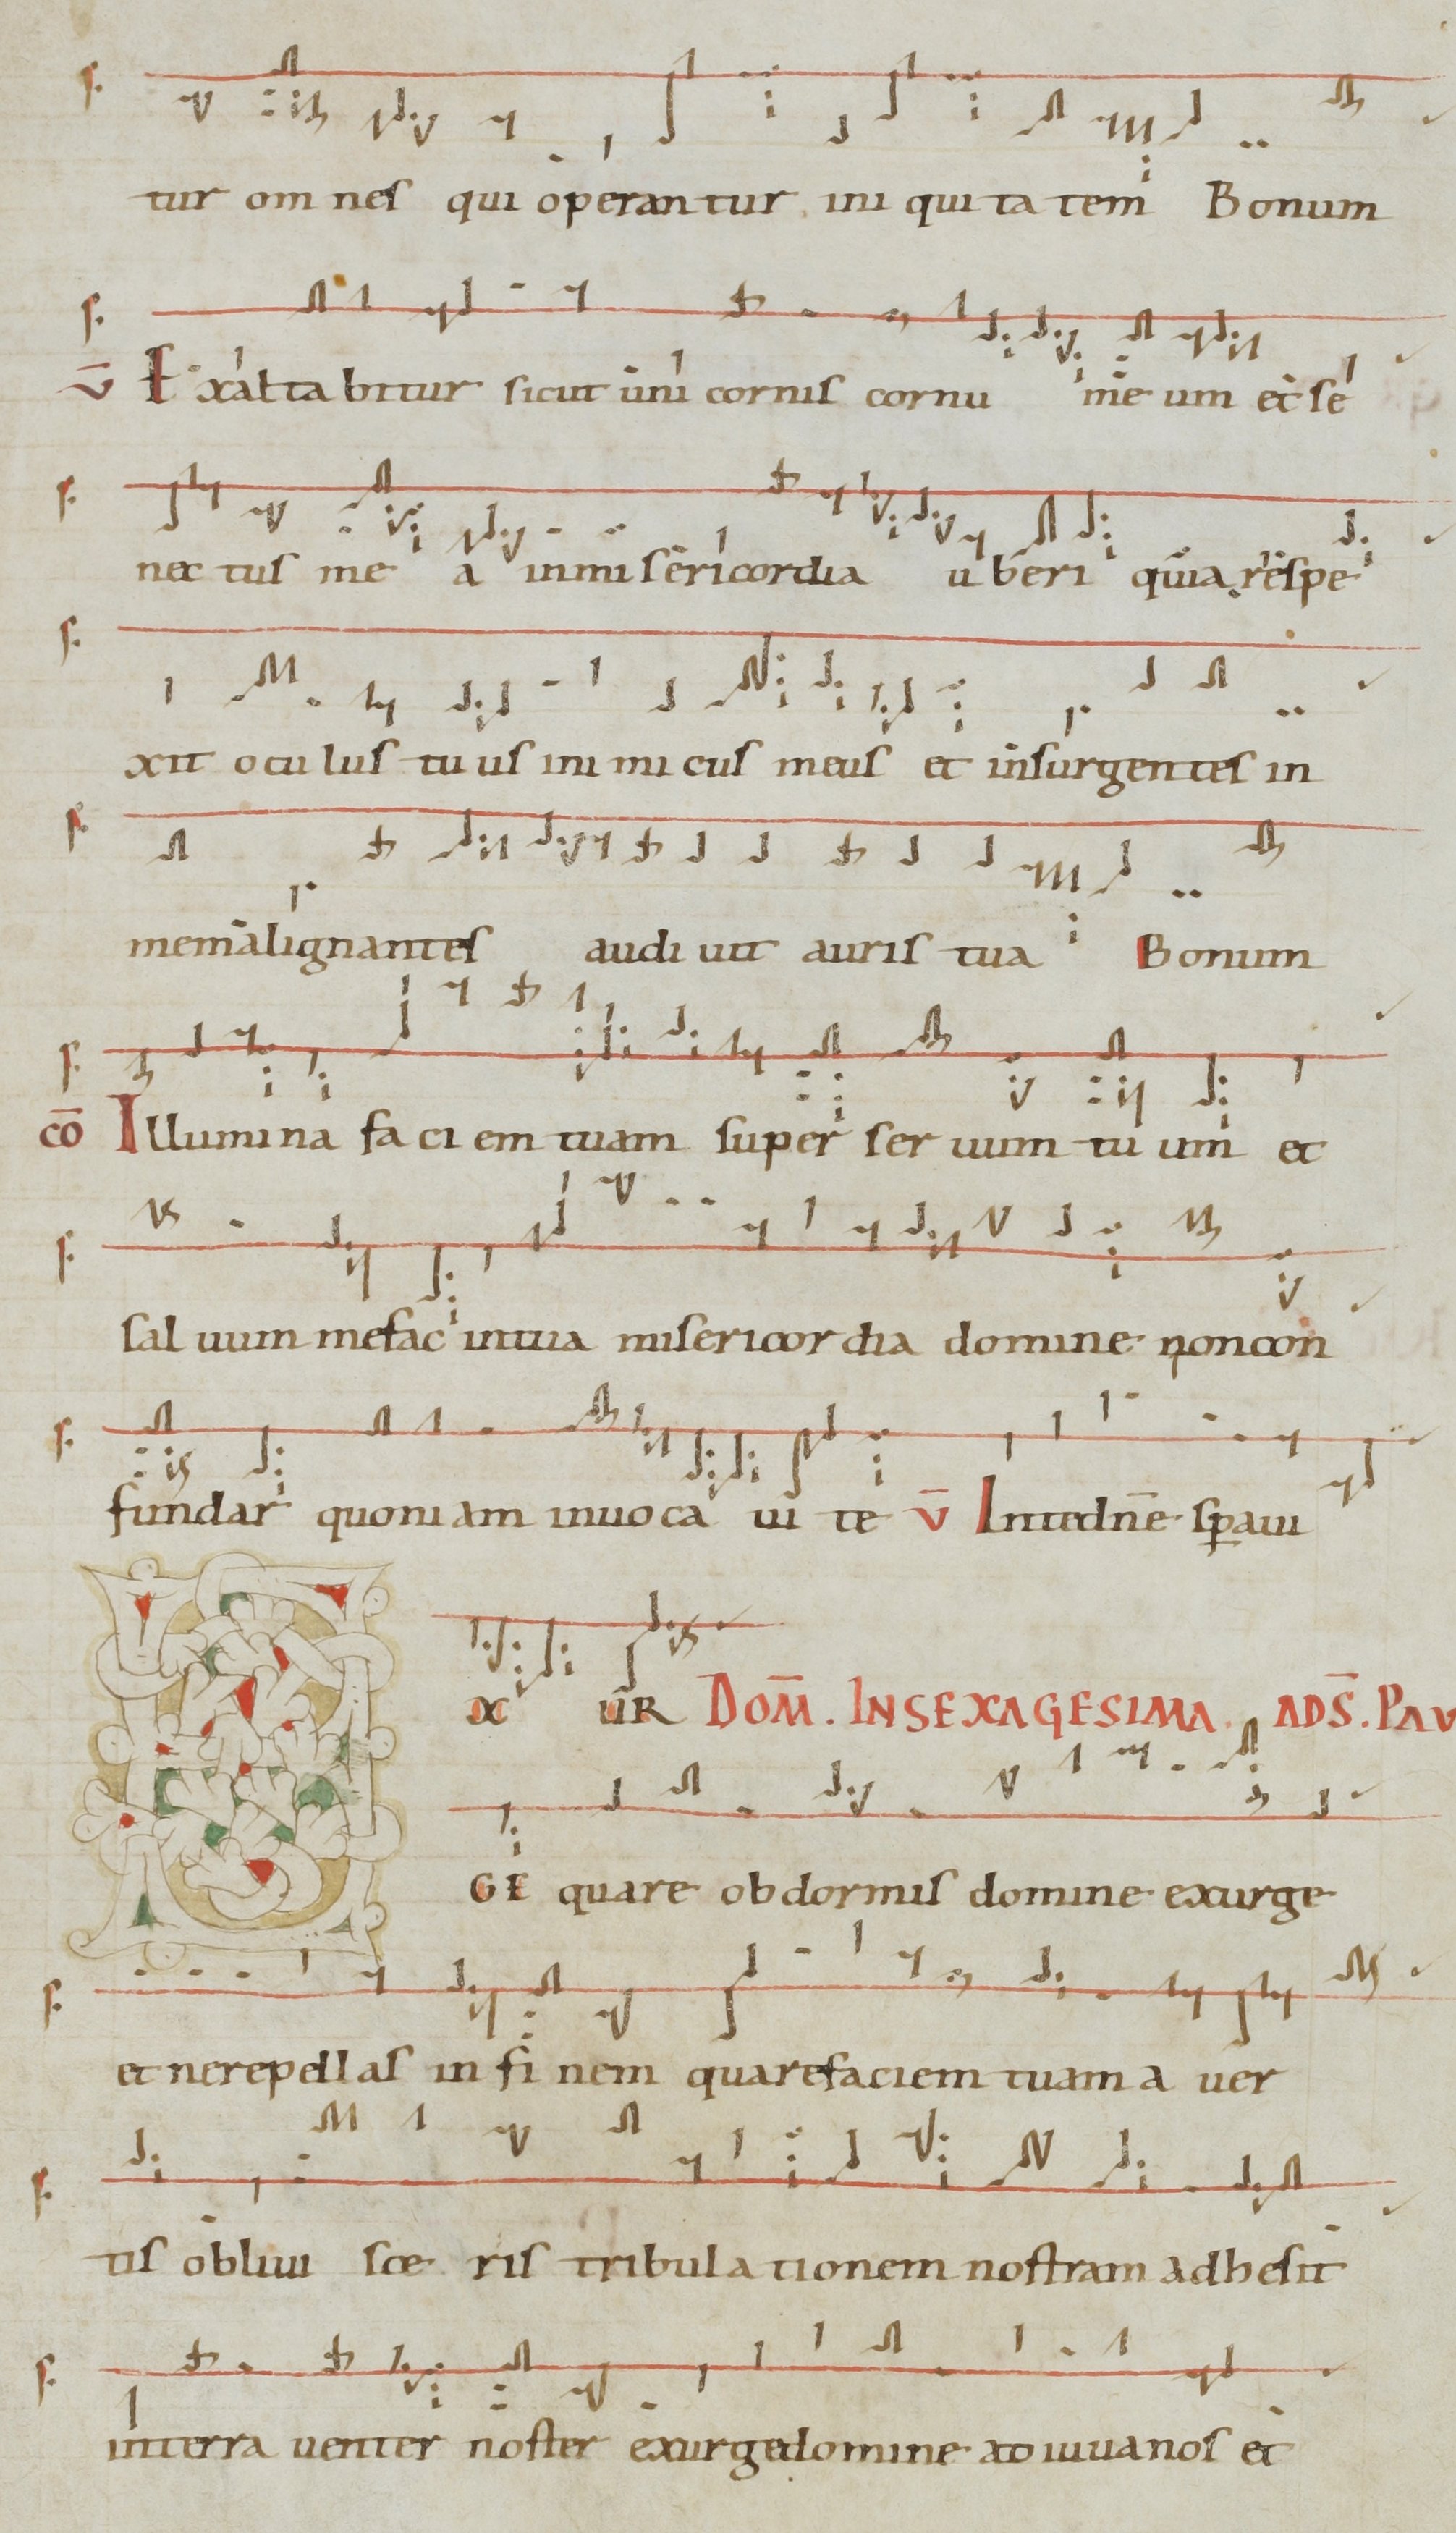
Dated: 1071–1071